Leaving Certificate Examination, 1920
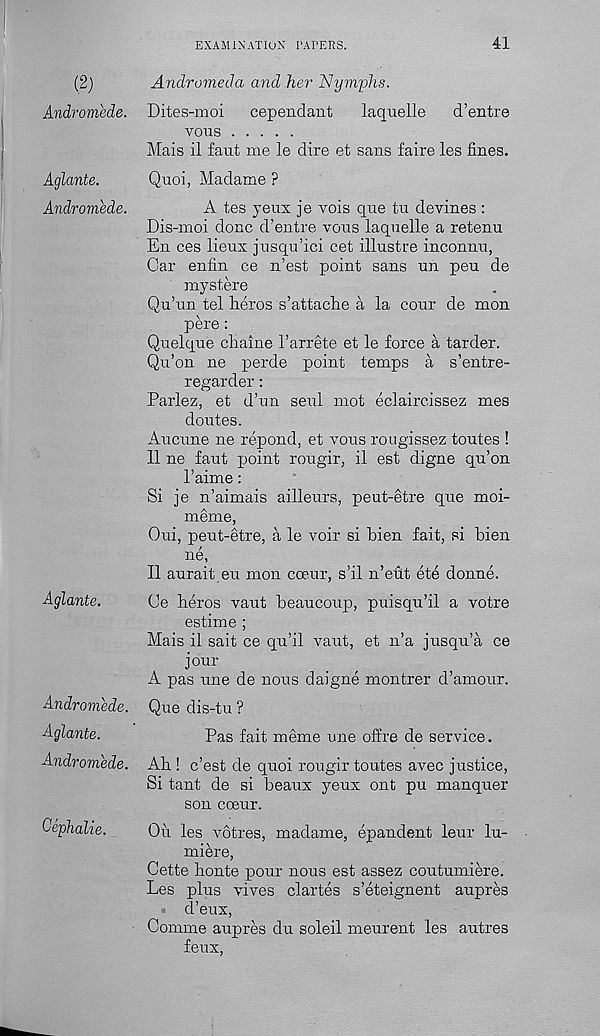
EXAMINATION PATERS.
41
(2)
Andromede.
Aglante.
Andromede.
Aglante.
Andromede.
Aglante.
Andromede.
Cephalie.
Andromeda and her Nymphs.
Dites-moi
cependant
laquelle
d’entre
vous
Mais il faut me le dire et sans faire les fines.
Quoi, Madame ?
A tes yens je vois que tu devines :
Dis-moi done d’entre vous laquelle a retenu
En ces lieux jusqu’ici cet illustre inconnu,
Car enfin ce n’est point sans un peu de
mystere
Qu’un tel heros s’attache a la cour de mon
pere:
Quelque cliaine 1’arrete et le force a tarder.
Qu’on ne perde point temps a s’entre-
regarder:
Parlez, et d’un seul mot eclaircissez mes
doutes.
Aucune ne repond, et vous rougissez toutes !
11 ne faut point rougir, il est digne qu’on
Paime:
Si je n’aimais ailleurs, peut-etre que moi-
meme,
Oui, peut-etre, a le voir si bien fait, si bien
ne,
Il aurait eu mon coeur, s’il n’eut ete donne.
Ce beros vaut beaucoup, puisqu’il a votre
estime ;
Mais il sait ce qu’il vaut, et n’a jusqu’a ce
jour
A pas une de nous daigne montrer d’amour.
Que dis-tu ?
Pas fait meme une offre de service.
Ab ! e’est de quoi rougir toutes avec justice,
Si tant de si beaux yeux out pu manquer
son coeur.
Ou les votres, madame, epandent leur lu-
miere,
Cette bonte pour nous est assez coutumiere.
Les plus vives clartes s’eteignent aupres
^ d’eux,
Comme aupres du soleil meurent les autres
feux,